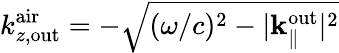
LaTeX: k_{z,\mathrm{out}}^{\mathrm{air}}=-\sqrt{(\omega/c)^{2}-|{\mathbf k}_{\parallel}^{\mathrm{out}}|^{2}}